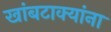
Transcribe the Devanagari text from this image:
खांबटाक्यांना